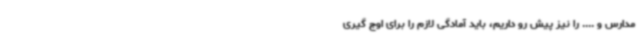
مدارس و .... را نیز پیش رو داریم، باید آمادگی لازم را برای اوج گیری